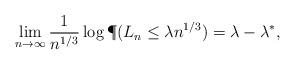
LaTeX: \begin{align*} \lim_{n \to \infty} \frac{1}{n^{1/3}} \log \P(L_n \leq \lambda n^{1/3}) = \lambda - \lambda^*,\end{align*}